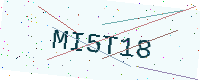
Text: MI5T18